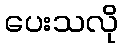
ပေးသလို